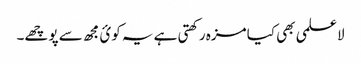
لاعلمی بھی کیا مزہ رکھتی ہے یہ کوئ مجھ سے پوچھے۔